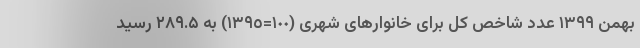
بهمن ١٣٩٩ عدد شاخص کل برای خانوارهای شهری (١٠٠=١٣٩٥) به ۲۸۹.۵ رسید